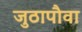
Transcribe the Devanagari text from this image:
जुठापौवा